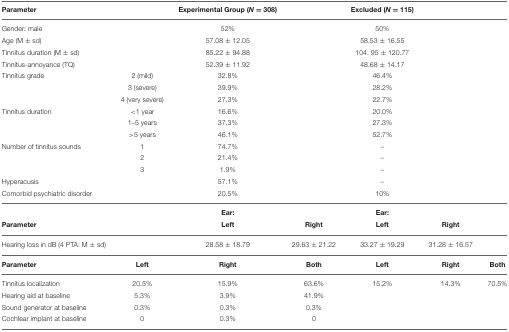
<table><thead><tr><td><b>Parameter</b></td><td></td><td><b>Experimental Group (<i>N</i> = 308)</b></td><td></td><td><b>Excluded (<i>N</i> = 115)</b></td><td></td><td></td></tr></thead><tbody><tr><td>Gender: male</td><td></td><td>52%</td><td></td><td>50%</td><td></td><td></td></tr><tr><td>Age (M ± sd)</td><td></td><td>57.08 ± 12.05</td><td></td><td>58.53 ± 16.55</td><td></td><td></td></tr><tr><td>Tinnitus duration (M ± sd)</td><td></td><td>85.22 ± 94.88</td><td></td><td>104.95 ± 120.77</td><td></td><td></td></tr><tr><td>Tinnitus-annoyance (TQ)</td><td></td><td>52.39 ± 11.92</td><td></td><td>48.68 ± 14.17</td><td></td><td></td></tr><tr><td>Tinnitus grade</td><td>2 (mild)</td><td>32.8%</td><td></td><td>46.4%</td><td></td><td></td></tr><tr><td></td><td>3 (severe)</td><td>39.9%</td><td></td><td>28.2%</td><td></td><td></td></tr><tr><td></td><td>4 (very severe)</td><td>27.3%</td><td></td><td>22.7%</td><td></td><td></td></tr><tr><td>Tinnitus duration</td><td>&lt;1 year</td><td>16.6%</td><td></td><td>20.0%</td><td></td><td></td></tr><tr><td></td><td>1–5 years</td><td>37.3%</td><td></td><td>27.3%</td><td></td><td></td></tr><tr><td></td><td>&gt;5 years</td><td>46.1%</td><td></td><td>52.7%</td><td></td><td></td></tr><tr><td>Number of tinnitus sounds</td><td>1</td><td>74.7%</td><td></td><td>–</td><td></td><td></td></tr><tr><td></td><td>2</td><td>21.4%</td><td></td><td>–</td><td></td><td></td></tr><tr><td></td><td>3</td><td>1.9%</td><td></td><td>–</td><td></td><td></td></tr><tr><td>Hyperacusis</td><td></td><td>57.1%</td><td></td><td>–</td><td></td><td></td></tr><tr><td>Comorbid psychiatric disorder</td><td></td><td>20.5%</td><td></td><td>10%</td><td></td><td></td></tr><tr><td></td><td></td><td><b>Ear:</b></td><td></td><td><b>Ear:</b></td><td></td><td></td></tr><tr><td><b>Parameter</b></td><td></td><td><b>Left</b></td><td><b>Right</b></td><td><b>Left</b></td><td><b>Right</b></td><td></td></tr><tr><td>Hearing loss in dB (4 PTA: M ± sd)</td><td></td><td>28.58 ± 18.79</td><td>29.63 ± 21.22</td><td>33.27 ± 19.29</td><td>31.28 ± 16.57</td><td></td></tr><tr><td><b>Parameter</b></td><td><b>Left</b></td><td><b>Right</b></td><td><b>Both</b></td><td><b>Left</b></td><td><b>Right</b></td><td><b>Both</b></td></tr><tr><td>Tinnitus localization</td><td>20.5%</td><td>15.9%</td><td>63.6%</td><td>15.2%</td><td>14.3%</td><td>70.5%</td></tr><tr><td>Hearing aid at baseline</td><td>5.3%</td><td>3.9%</td><td>41.9%</td><td></td><td></td><td></td></tr><tr><td>Sound generator at baseline</td><td>0.3%</td><td>0.3%</td><td>0.3%</td><td></td><td></td><td></td></tr><tr><td>Cochlear implant at baseline</td><td>0</td><td>0.3%</td><td>0</td><td></td><td></td><td></td></tr></tbody></table>